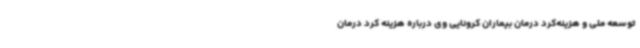
توسعه ملی و هزینه‌کرد درمان بیماران کرونایی وی درباره هزینه کرد درمان